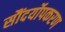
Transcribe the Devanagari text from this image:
सौंदर्योपकरण